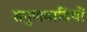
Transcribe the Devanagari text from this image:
सगुणवादियों